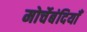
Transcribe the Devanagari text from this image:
मोर्चेबंदियाँ